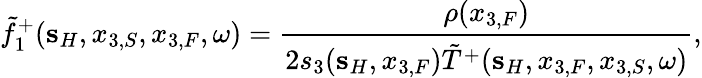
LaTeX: \tilde{f}_{1}^{+}({\mathbf s}_{H},x_{3,S},x_{3,F},\omega)=\frac{\rho(x_{3,F})}{2s_{3}({\mathbf s}_{H},x_{3,F})\tilde{T}^{+}({\mathbf s}_{H},x_{3,F},x_{3,S},\omega)},